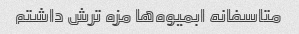
متاسفانه ابمیوه‌ها مزه ترش داشتم